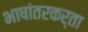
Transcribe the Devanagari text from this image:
भाषांतरकर्ता